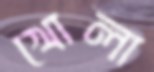
খোলা